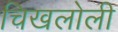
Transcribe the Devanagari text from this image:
चिखलोली